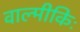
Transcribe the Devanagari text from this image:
वाल्मीकिः